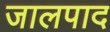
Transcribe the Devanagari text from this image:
जालपाद